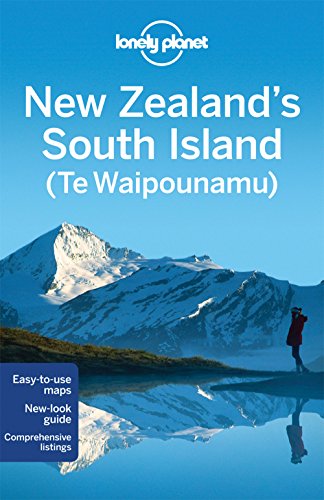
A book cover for Lonely Planet New Zealand's South Island (Travel Guide); Lonely Planet; Sports & Outdoors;